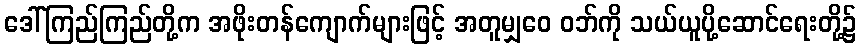
ဒေါ်ကြည်ကြည်တို့က အဖိုးတန်ကျောက်များဖြင့် အတူမျှဝေ ဝဘ်ကို သယ်ယူပို့ဆောင်ရေးတို့၌